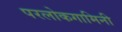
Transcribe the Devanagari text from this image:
परलोकगामिनी